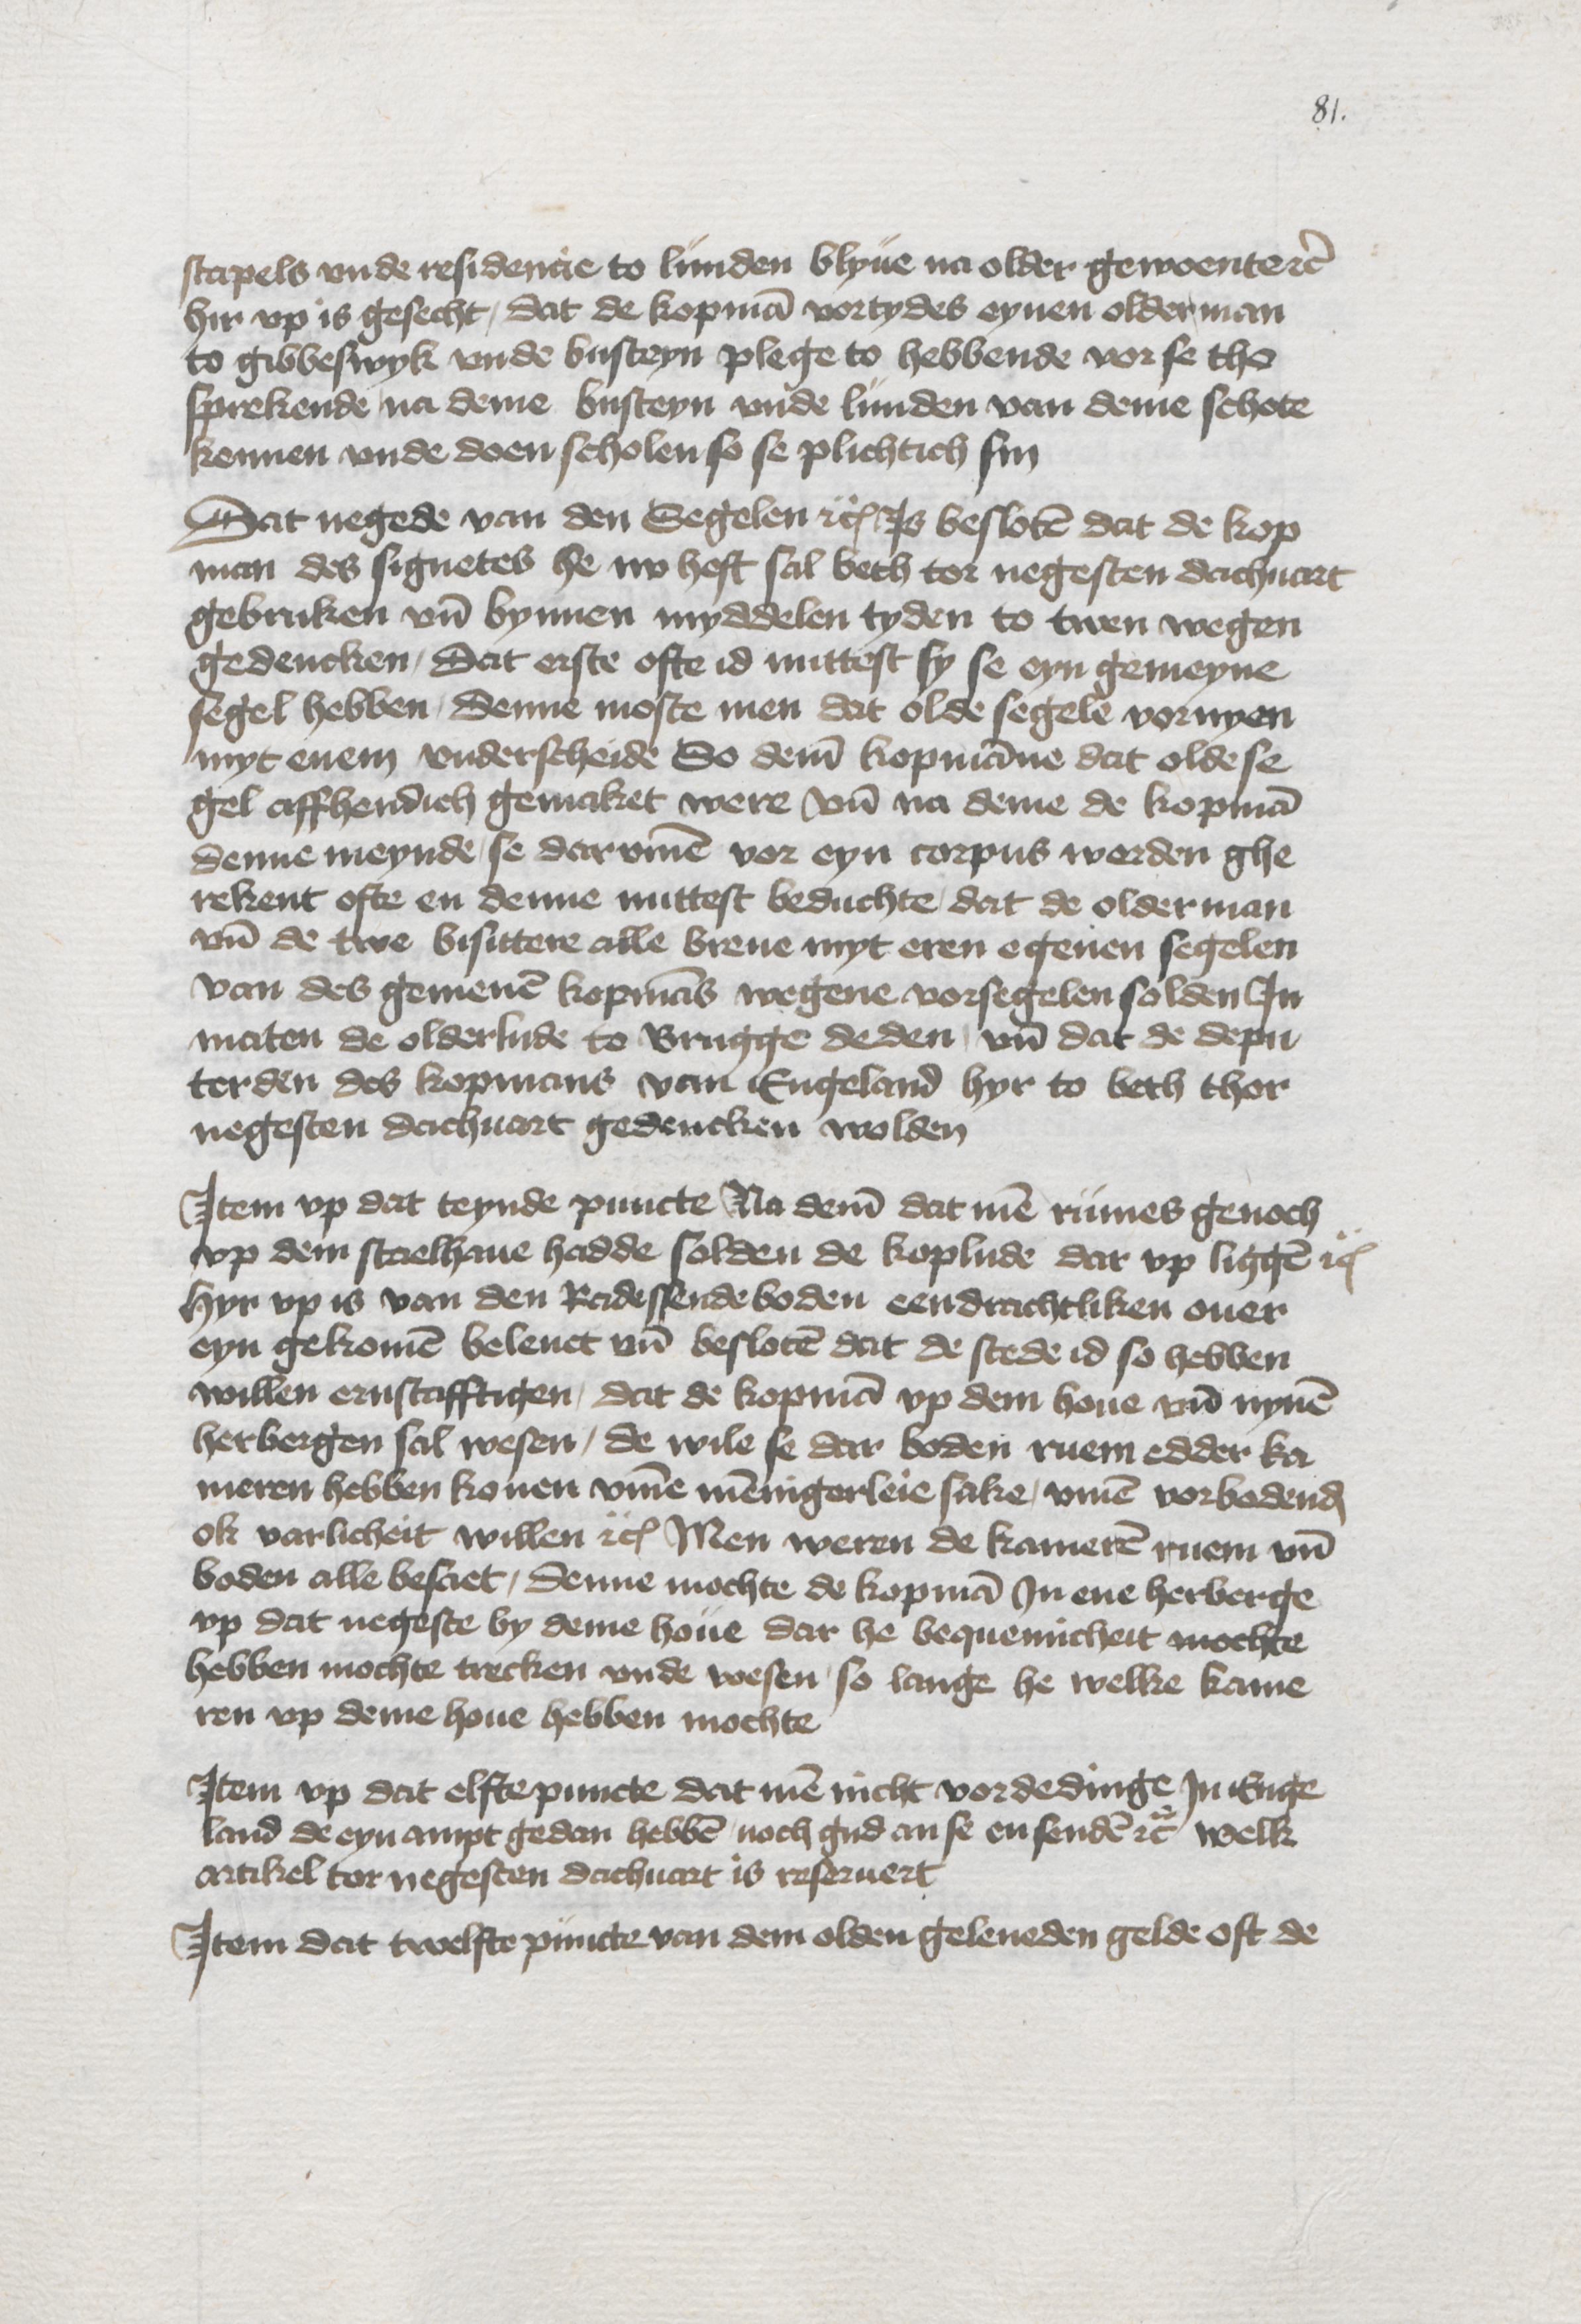
stapels vnde residencie to Lunden blyue na older gewoente etc
hir vp is gesecht, dat de kopman vortydes eynen olderman
to Gibbeswyk vnde Busteyn plege to hebbende vor se the
sprekende na deme Busteyn vnde Lunden van deme schote
kennen vnde doen scholen so se plichtich sin

Dat negede van den Segelen etc Js besloten dat de kop¬
man des signetes he nv heft sal beth tor negesten dachuart
gebruken vnd bynnen myddelen tyden to twen wegen
gedencken, dat erste ofte id nuttest sy se eyn gemeyne
segel hebben, denne moste men dat olde segele vornyen
myt enem vnderscheide So deme kopmanne dat olde se¬
gel affhendich gemaket were vnd na deme de kopman
denne meynde, se darvmme vor eyn corpus werden ghe¬
rekent ofte en denne nuttest beduchte, dat de olderman
vnd de twe bisittere alle breue myt eren egenen segelen
van des gemenen kopmans wegene vorsegelen solden Jn
maten de olderlude te Brugge deden, vnd dat de depu¬
terden des kopmans van Engeland hyr to beth thor
negesten dachuart gedencken wolden

Jtem vp dat teynde puncte Na deme dat men rumes genoch
vp dem staelhaue hadde solden de koplude dar vp liggen etc
hyr vp is van den Radessendeboden eendrachtliken ouer¬
eyn gekomen beleuet vnd besloten dat de stede id so hebben
willen ernstafftigen, dat de kopman vp dem houe vnd nynen
herbergen sal wesen, de wile se dar boden ruem edder ka¬
meren hebben konen vmme mennigerleie sake, vmme vorbodenden
ok varlicheit willen etc Men weren de kameren ruem vnd
boden alle besaet, denne mochte de kopman Jn ene herberge
vp dat negeste by deme houe dar he bequemicheit mochte
hebben mochte trecken vnde wesen, so lange he welke kame¬
ren vp deme houe hebben mochte

Jtem vp dat elfte puncte dat men nicht vordedinge Jn Enge¬
land de eyn ampt gedan hebben noch gud an se en senden etc welk
artikel tor negesten dachuart is reseruert

Jtem dat twelfte puncte van dem olden geleneden gelde oft de